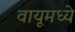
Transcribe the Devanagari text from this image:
वायूमध्ये